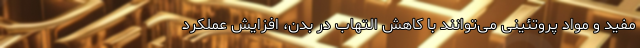
مفید و مواد پروتئینی می‌توانند با کاهش التهاب در بدن، افزایش عملکرد